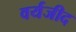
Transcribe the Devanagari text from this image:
वर्यजीद